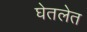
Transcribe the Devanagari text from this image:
घेतलेत